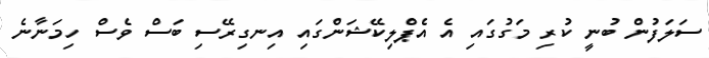
ސަލަފުން ބުނީ ކުރި މަގުގައި އެ އެޕްލިކޭޝަންގައި އިނގިރޭސި ބަސް ވެސް ހިމަނާނެ